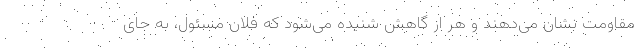
مقاومت نشان می‌دهند و هر از گاهش شنیده می‌شود که فلان مسئول، به جای